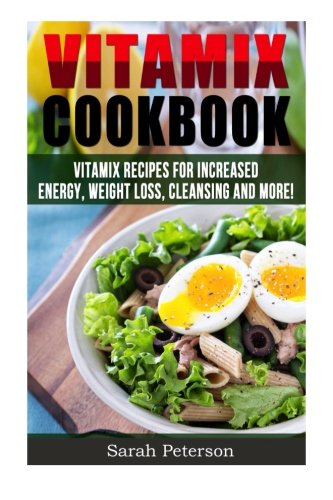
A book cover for Vitamix Cookbook: 400 Vitamix Recipes for Increased Energy, Weight Loss, Cleansing and More; Sarah Peterson; Cookbooks, Food & Wine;